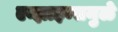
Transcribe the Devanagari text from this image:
एन्झाइम्समुळे